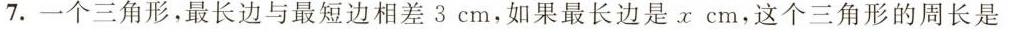
7.一个三角形，最长边与最短边相差3cm，如果最长边是xcm，这个三角形的周长是